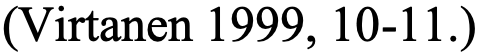
(Virtanen 1999, 10-11.)